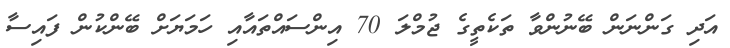
އަދި ގަންނަން ބޭނުންވާ ތަކެތީގެ ޖުމްލަ 70 އިންސައްތައާއި ހަމަޔަށް ބޭންކުން ފައިސާ